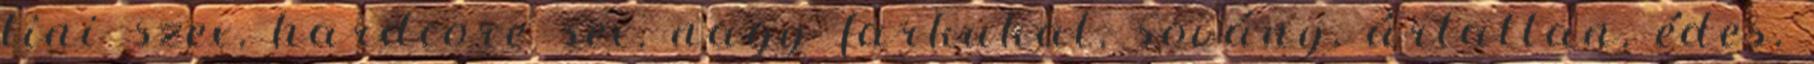
tini szex, hardcore sex, nagy farkukat, sovány, ártatlan, édes,